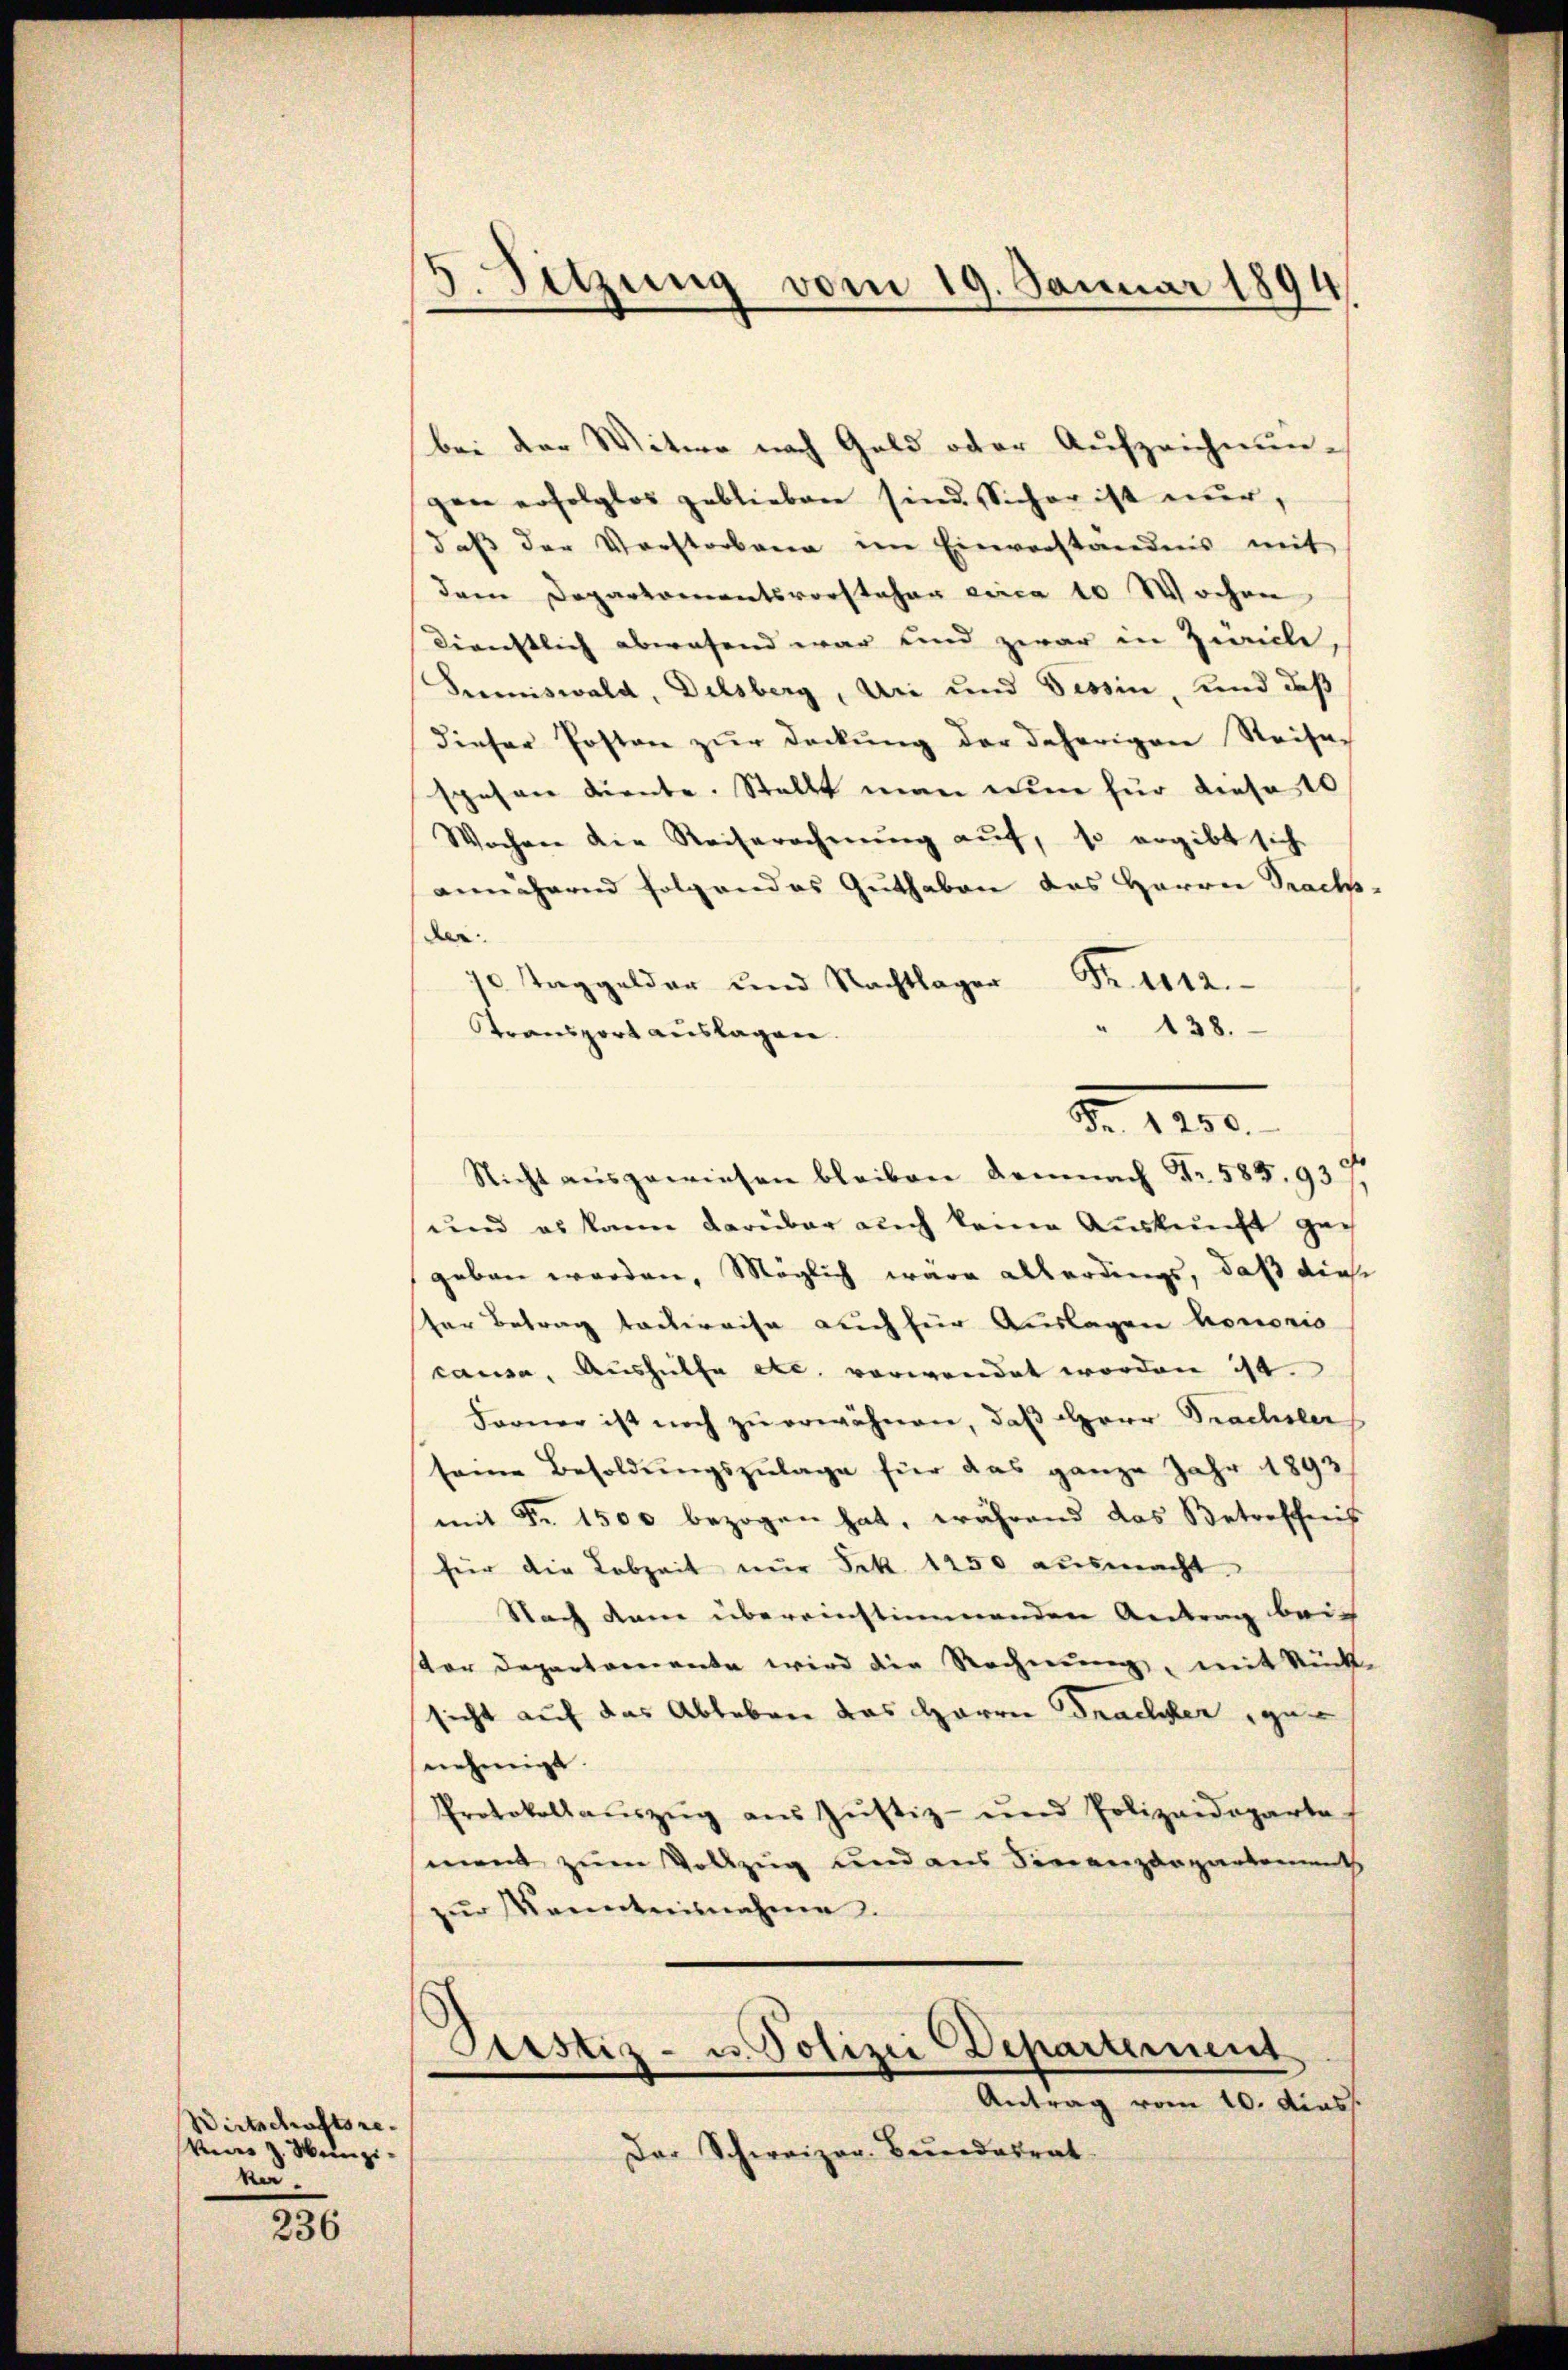
Wirtschaftsre
keiner z. Weinzi
na.

236

5. Sitzung vom 19. Januar 1894

bei der Witwe nach Geld oder Aufzeichnun-
gen erfolglos geblieben sind. Sicher ist nur,
daβ der Vorstorbene im Einverständens mit
dem Departementsvorstehen circa 10 Wochen
direnstlich aberufend war und zwar in Zivile,
Sumiswald, Delsberg, Uri und Tessin, und daß
dieser Posten zŭr deckŭng der daherigen Reise
spesen diente. Stellt man nun für diese 10
Wochen die Reiserechnung auf, so ergibt sich
annährend folgendes Guthaben des Herrn Prachs
der
Fraen
70 Taggelder und Nachtlager
138.
Transport auslagen.
Nicht ausgewiesen bleiben demnach Fr. 585. 93 f.
und es kann darüber auch keine Auskunft gegeben worden, Möglich wäre allerdings, daß diese
der Betrag tackweise auch für Auslagen honorio
causa, Aushülfe etc. verwendet worden ist.
Ferner ist noch zu erwähnen, daß Herr Prachsler
seine Besoldŭngszulage für das ganze Jahr 1893
mit Fr. 1500 bezogen hat, während das Betreffens
für die Lebzeit nŭr Frk. 1450 ausmacht
Nach dann übereinstimmenden Antrag beistor Departemente wird die Rechnung, mit Rück-
sicht auf das Ableben das Herrn Drachter, genehmigt.
Protokollaŭszŭg aŭs Jŭstiz- und Polizeideparte
ment zum Vollzug und aus Finanzdepartement
zŭr Kenntensnahme.

N. 1100.

Diastiz- u. Polizei Departement
Antrag vom 10. diess

Der Schweizer-Bundesrat